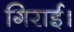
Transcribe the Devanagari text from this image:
गिराई।